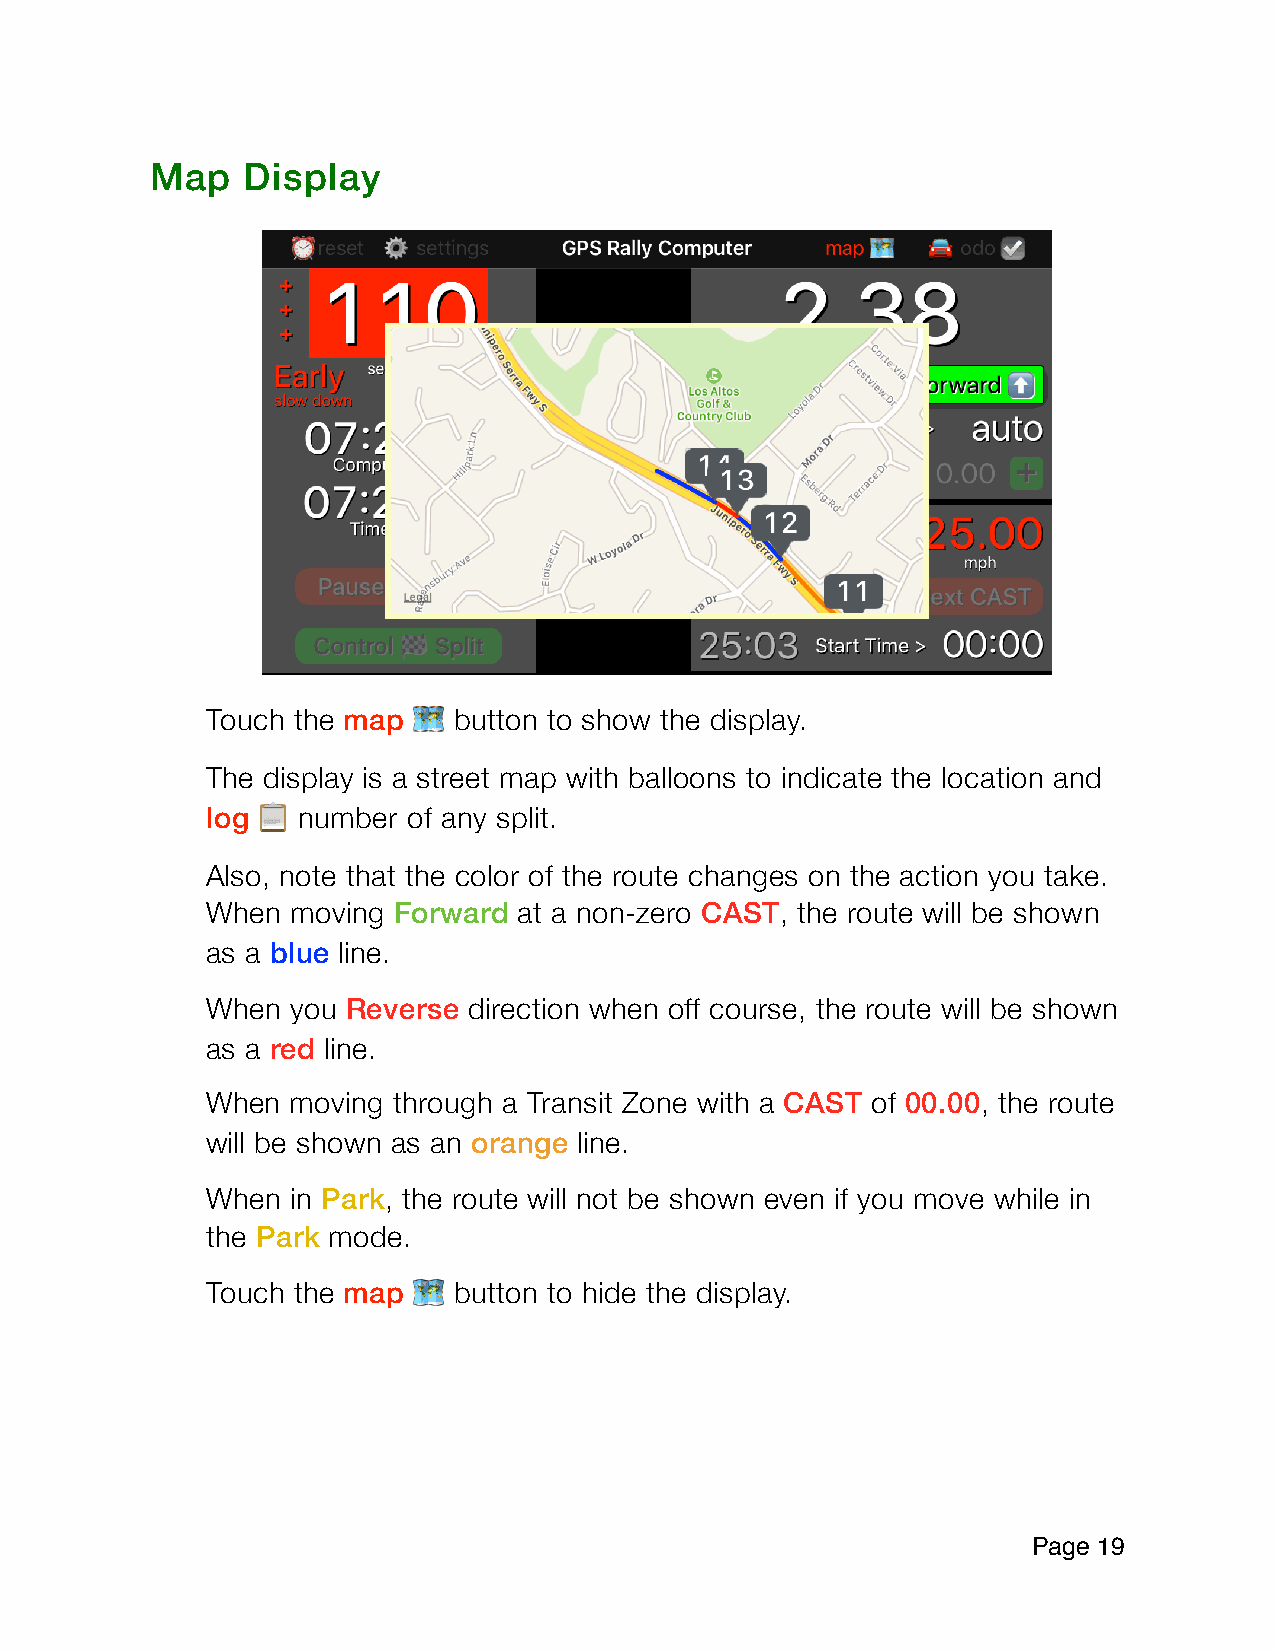
Map   Display
 Touch the map   button to show the display.
 🗺
 The display is a street map with balloons to indicate the location and
 log   number of any split.
 📋
 Also, note that the color of the route changes on the action you take.
 When moving Forward at a non-zero CAST, the route will be shown
 as a blue line.
 When you Reverse direction when off course, the route will be shown
 as a red line.
 When moving through a Transit Zone with a CAST of 00.00, the route
 will be shown as an orange line.
 When in Park, the route will not be shown even if you move while in
 the Park mode.
 Touch the map   button to hide the display.
 🗺
 Page 1 9